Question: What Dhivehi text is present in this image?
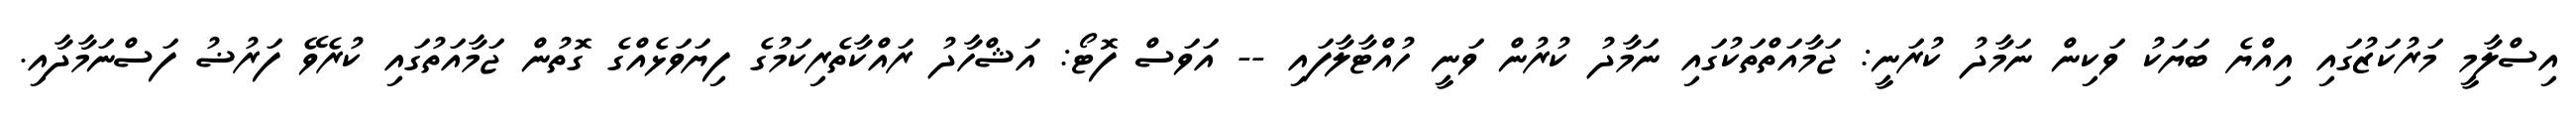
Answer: އިސްލާމީ މަރުކަޒުގައި އިއްޔެ ބަޔަކު ވަކިން ނަމާދު ކުރަނީ: ޖަމާއަތްތަކުގައި ނަމާދު ކުރުން ވަނީ ހުއްޓާލާފައި -- އަވަސް ފޮޓޯ: އަޝްހާދު ރައްކާތެރިކަމުގެ ފިޔަވަޅެއްގެ ގޮތުން ޖަމާއަތުގައި ކުރެވޭ ފަރުޟު ފަސްނަމާދާއި.